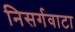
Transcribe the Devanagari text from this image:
निसर्गवाटा